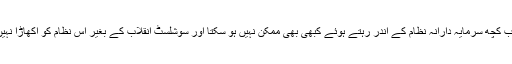
لیکن یہ سب کچھ سرمایہ دارانہ نظام کے اندر رہتے ہوئے کبھی بھی ممکن نہیں ہو سکتا اور سوشلسٹ انقلاب کے بغیر اس نظام کو اکھاڑا نہیں جا سکتا۔